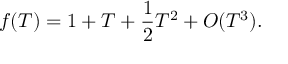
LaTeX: f ( T ) = 1 + T + { \frac { 1 } { 2 } } T ^ { 2 } + O ( T ^ { 3 } ) .